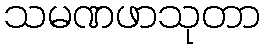
သမဏဖာသုတာ